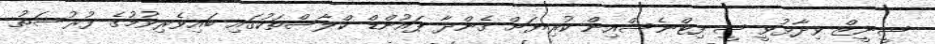
ޝީނީޒް ވިދާޅުވީ ޝީ ފިޓްނެސްއިން ކުރިޔަށް ގެންދާ ޕައުންޑް ކްލާސްތަކުގައި ބައިވެރިވުމުގެ ފުރުސަތު